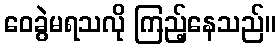
ဝေခွဲမရသလို ကြည့်နေသည်။